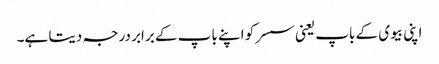
اپنی بیوی کے باپ یعنی سسر کو اپنے باپ کے برابر درجہ دیتا ہے۔